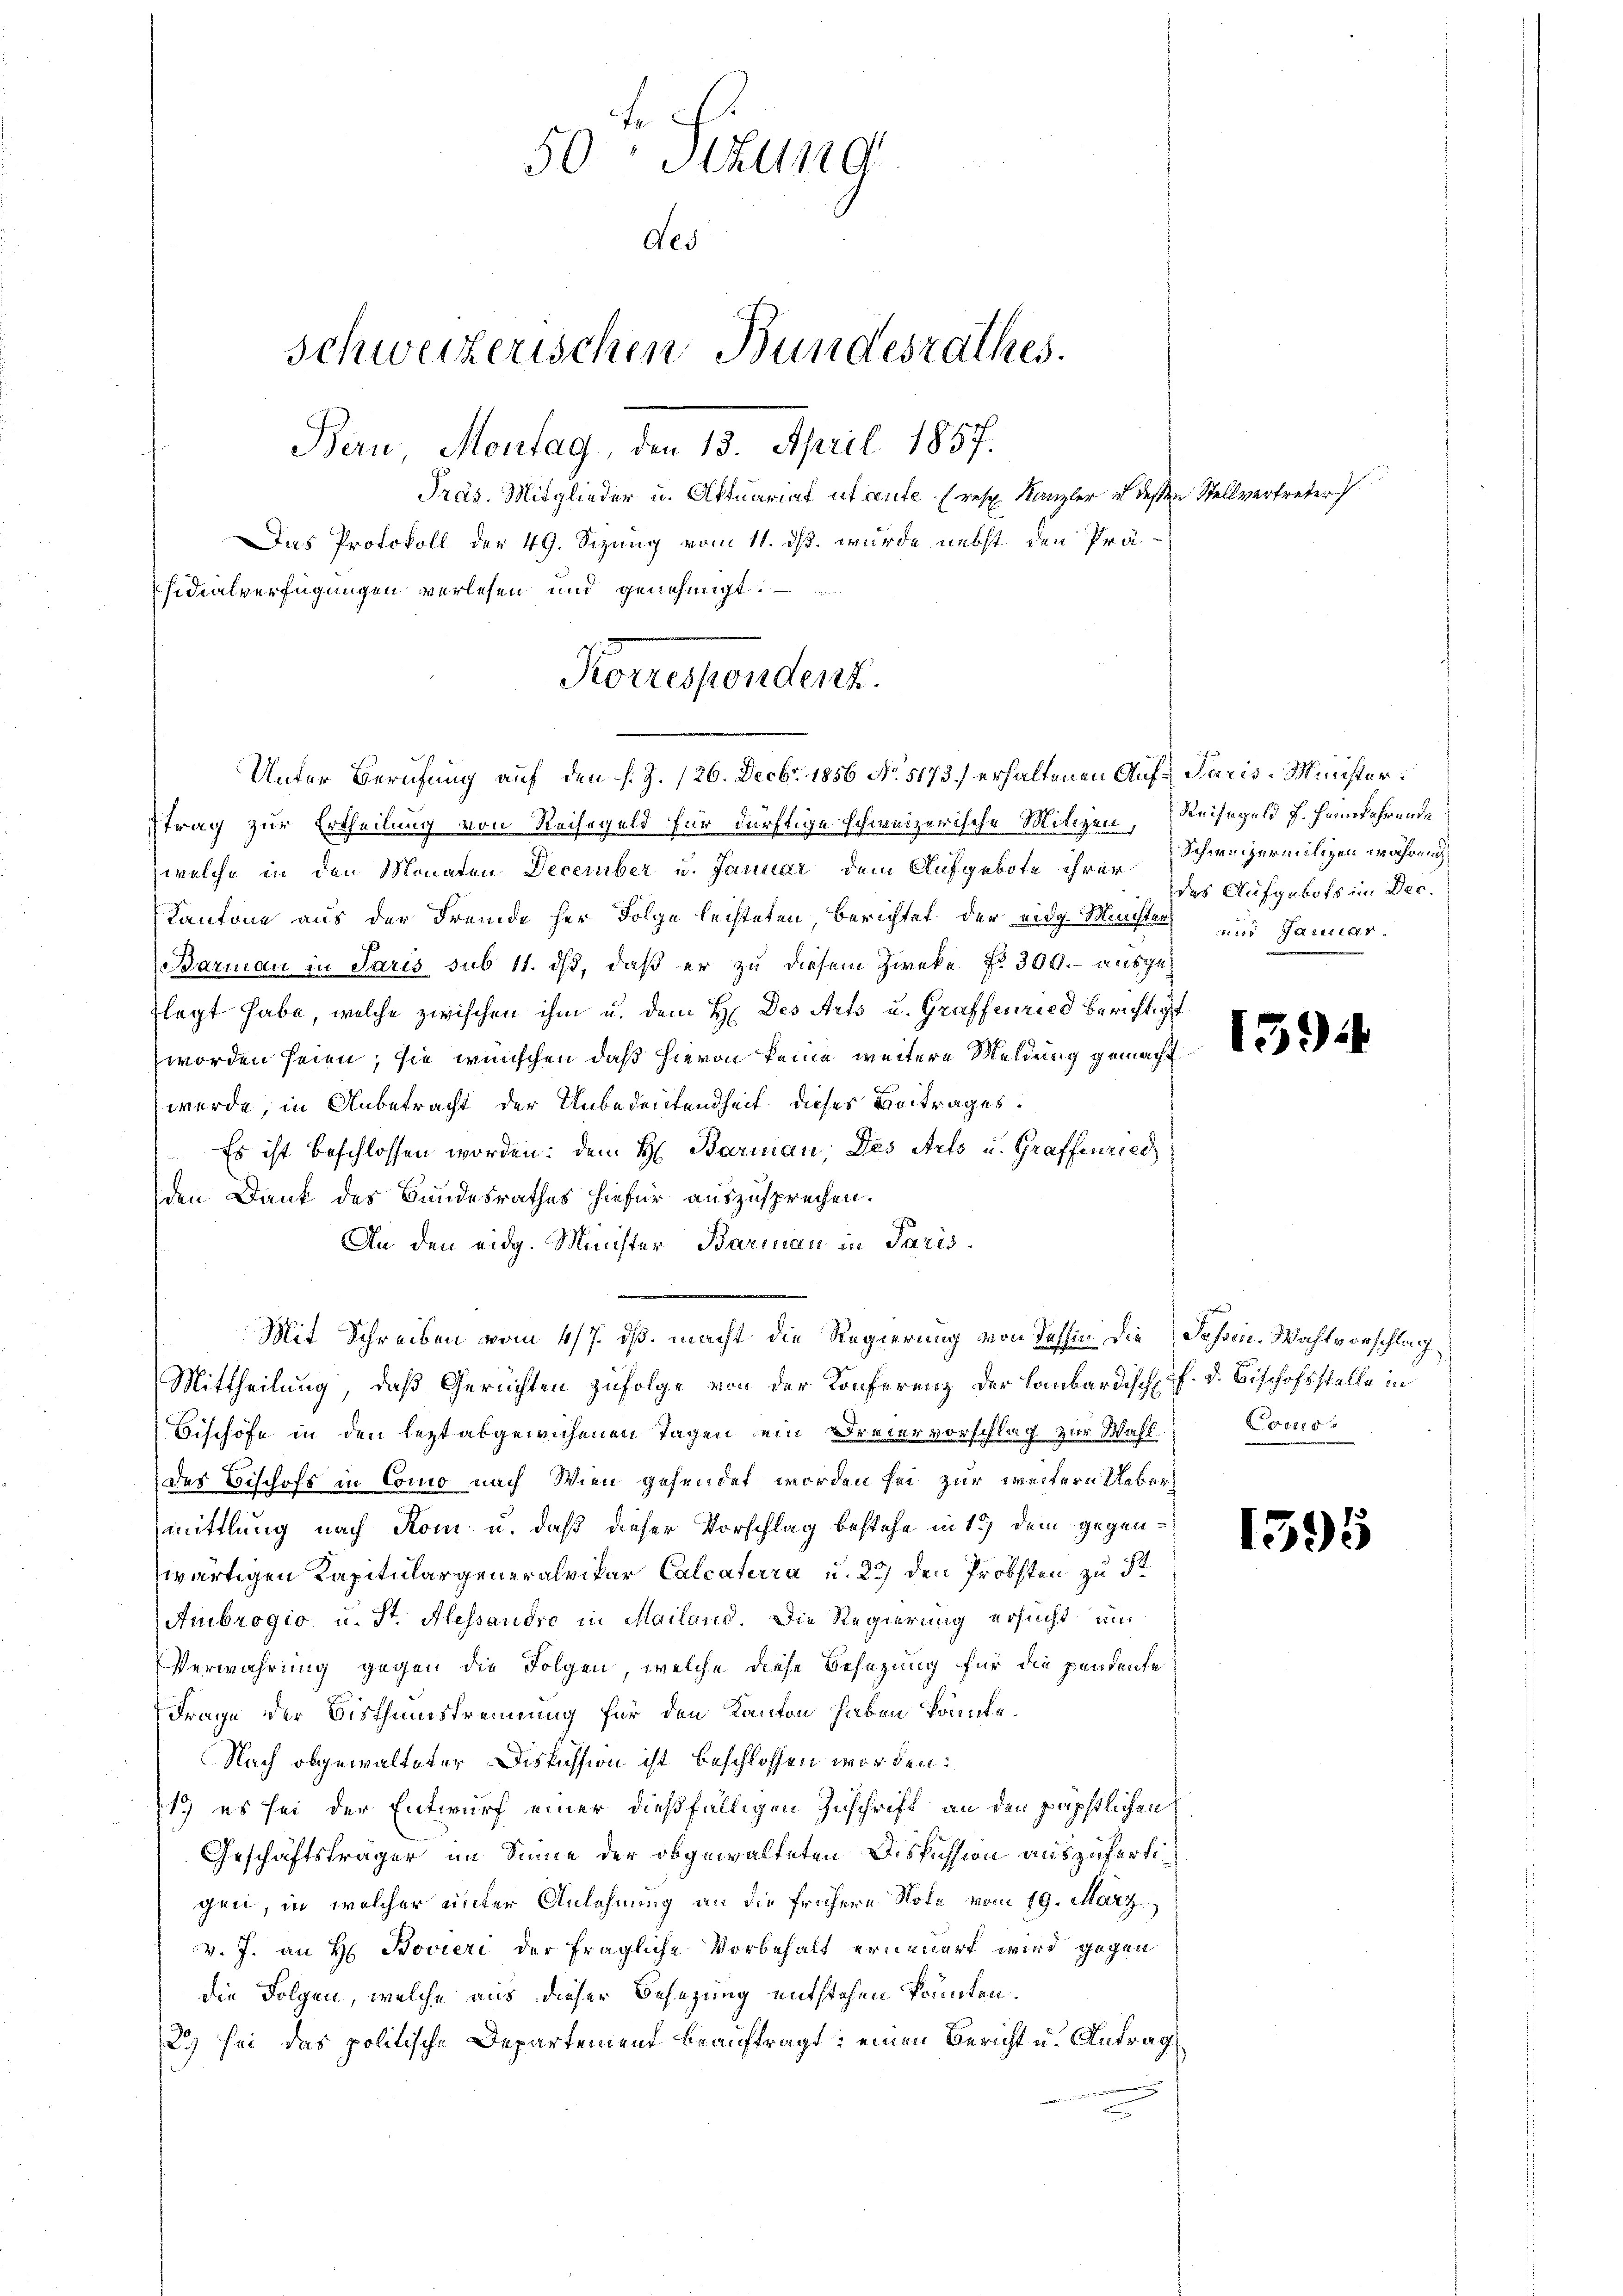
50 Stzung
Aes
schweizerischen Bundesrathes.
Bern, Montag, den 13. April 1857.
Präs. Mitglieder u. Aktuariat ut aute. (resp. Kanzler in dessen Stellvertreter
Das Protokoll der 49. Sizung vom 11. ds. wurde nebst den Prä-
sidialverfügungen verlesen und genehmigt.

Unter Berufung auf den s. Z. 126. Decbr. 1856 No. 5173.) erhaltenen Auf Paris-Minister
trag zur Ertheilung von Reisegeld für dürftige schweizerische Mitizen, Reisegeld J. Heimkehrende
welche in den Monaten December u. Januar dem Aufgebote ihrer
Kantone aus der Fremde her Folge leisteten, berichtet der eidg. Ministen und Januar.
Barman in Paris sub 11. ds, daß er zu diesem Zwecke f. 300.- ausgeflegt habe, welche zwischen ihm u. dem H. Des Arts u. Graffenried berichtigt
worden seien; sie wünschen, daß hievon keine weitere Meldung gemacht
werde, in Anbetracht der Unbedeutendheit dieses Vortrages.
Es ist beschlossen worden: dem H. Barian, Des Art u. Graffenried
den Dank des Bundesrathes hiefür auszusprechen.
An den eidg. Minister, Barmann in Paris¬
Mit Schreiben vom 4/7. ds. macht die Regierung von dessin die Schein. Wahlvorschlag
Mittheilung, daß Gerichten zufolge von der Konferenz der Lombardisch P. d. Bischofsstelle in
Bischöfe in den lezt abgewichenen Tagen ein Dreiervorschlag zur Wahl Comodes Beschofs in Como nach Wien gesendet worden sei zur weitern Uebermittlung nach Rom u. daß dieser Vorschlag bestehe in 17 dem gegenzwärtigen Kapitulargeneralvikar Calcaterra u. 25) den Probsten zu St
Ambrogio u. St. Alessandro in Mailand. Die Regierung ersucht um
Verwahrung gegen die Folgen, welche diese Besazung für die pendente
Frage der Bisthumstrennung für den Kanton haben könnte.
Nach abgewalteter Diskussion ist beschlossen worden.
1. es sei der Entwurf einer dießfälligen Zuschrift an den päpstlichen
Geschäftsträger im Sinne der obgewalteten Diskussion auszufertigen, in welcher unter Anlehnung an die frühere Note vom 19. März
v. J. an H. Bovieri der fragliche Vorbehalt erneuert wird gegen
die Folgen, welche aus dieser Besezung entstehen könnten.
2) sei das politische Departement beauftragt; einen Bericht u. Antrag
n

Korrespondent.

Schweizermilzen währen
des Aufgabofs im Dec.

1594

1595